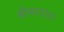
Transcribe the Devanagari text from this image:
बीमादाता